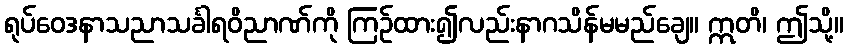
ရုပ်ဝေဒနာသညာသင်္ခါရဝိညာဏ်ကို ကြဉ်ထား၍လည်းနာဂသိန်မမည်ချေ။ ဣတိ၊ ဤသို့။